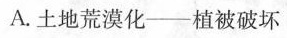
A.土地荒漠化——植被破坏